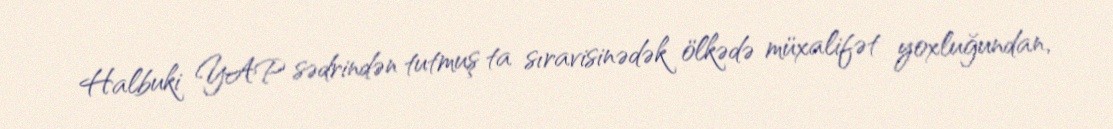
Halbuki YAP sədrindən tutmuş ta sıravisinədək ölkədə müxalifət yoxluğundan,